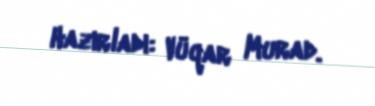
Hazırladı: Vüqar Murad.